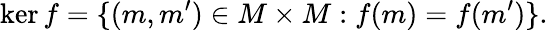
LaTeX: \ker f=\{ (m,m^{\prime})\in M\times M:f(m)=f(m^{\prime})\} {\mathrm{.}}